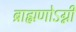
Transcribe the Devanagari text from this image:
ब्राह्मणोऽग्नी